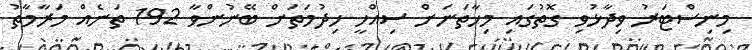
މިނިސްޓަރު ވިދާޅުވި ގޮތުގައި މިހާތަނަށް ސިއްހީ ހިދުމަތަށް ބޭނުންވާ 192 ތަނެއް މަރާމާތު